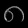
Digit: ၈